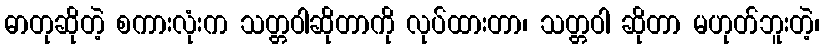
ဓာတုဆိုတဲ့ စကားလုံးက သတ္တဝါဆိုတာကို လုပ်ထားတာ၊ သတ္တဝါ ဆိုတာ မဟုတ်ဘူးတဲ့၊